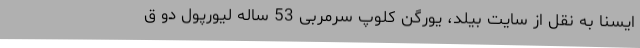
ایسنا به نقل از سایت بیلد، یورگن کلوپ سرمربی 53 ساله لیورپول دو ق